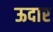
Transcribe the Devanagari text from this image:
ऊदार